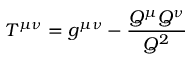
T ^ { \mu \nu } = g ^ { \mu \nu } - \frac { Q ^ { \mu } Q ^ { \nu } } { Q ^ { 2 } }